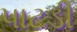
પાટડી